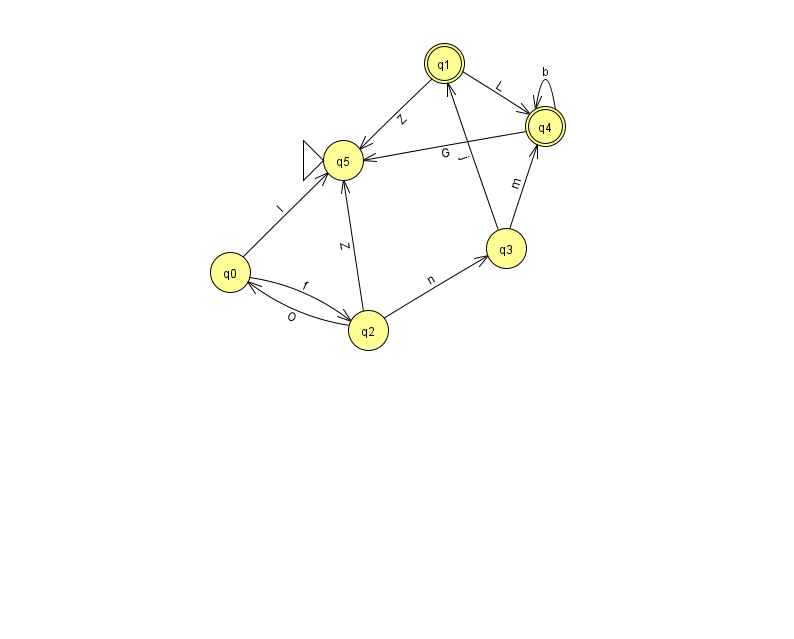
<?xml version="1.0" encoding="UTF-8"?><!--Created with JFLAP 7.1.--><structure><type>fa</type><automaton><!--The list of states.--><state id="0" name="q0"><x>230.0</x><y>259.0</y></state><state id="1" name="q1"><x>444.0</x><y>50.0</y><final/></state><state id="2" name="q2"><x>368.0</x><y>317.0</y></state><state id="3" name="q3"><x>506.0</x><y>235.0</y></state><state id="4" name="q4"><x>545.0</x><y>113.0</y><final/></state><state id="5" name="q5"><x>343.0</x><y>147.0</y><initial/></state><!--The list of transitions.--><transition><from>0</from><to>2</to><read>f</read></transition><transition><from>4</from><to>4</to><read>b</read></transition><transition><from>0</from><to>5</to><read>l</read></transition><transition><from>1</from><to>5</to><read>Z</read></transition><transition><from>2</from><to>5</to><read>Z</read></transition><transition><from>1</from><to>4</to><read>L</read></transition><transition><from>3</from><to>1</to><read>j</read></transition><transition><from>2</from><to>0</to><read>O</read></transition><transition><from>3</from><to>4</to><read>m</read></transition><transition><from>2</from><to>3</to><read>n</read></transition><transition><from>4</from><to>5</to><read>G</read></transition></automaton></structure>